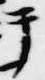
テ